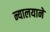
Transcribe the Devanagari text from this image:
न्यालयाने